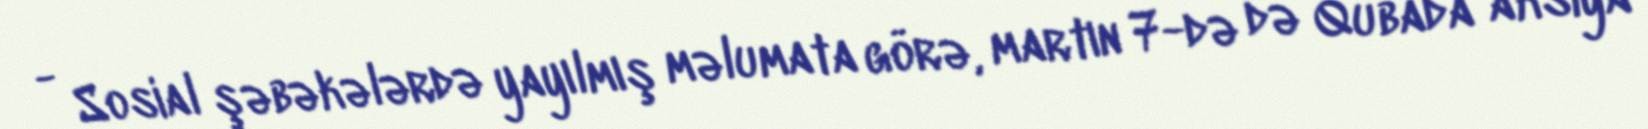
- Sosial şəbəkələrdə yayılmış məlumata görə, martın 7-də də Qubada aksiya